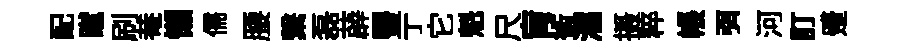
配蹴刷𤲅懒儒腰繋磊薜豐亍它魁尺肓術濡摄粹帳弭河訂蹙